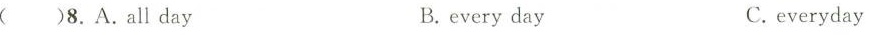
()8.A.Allday B.every day C.everyday